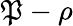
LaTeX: \mathfrak{P}-\rho